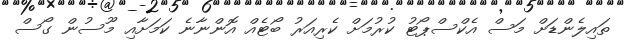
ތައިލެންޑަށް މަސް އެކްސްޕޯޓު ކުރުމަށް ކެރިއަރު ބޯޓެއް އޮންނާނެ ކަމަށާއި މޫސުން ގޯސް